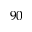
9 0